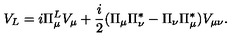
V _ { L } = i \Pi _ { \mu } ^ { L } V _ { \mu } + \frac { i } { 2 } ( \Pi _ { \mu } \Pi _ { \nu } ^ { * } - \Pi _ { \nu } \Pi _ { \mu } ^ { * } ) V _ { \mu \nu } .